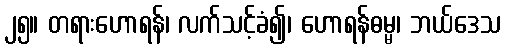
၂၅။ တရားဟောရန်၊ လက်သင့်ခံ၍၊ ဟောရန်ဓမ္မ၊ ဘယ်ဒေသ